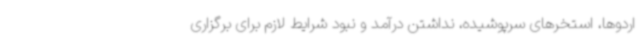
اردوها، استخرهای سرپوشیده، نداشتن درآمد و نبود شرایط لازم برای برگزاری